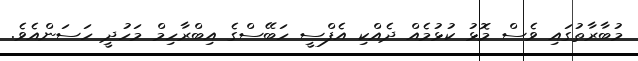
މުބާރާތުގައި ވެސް މޮޅު ކުޅުމެއް ދެއްކި އެފްސީ ހަބޭސްގެ އިބްރާހިމް މަހުދީ ހަސަންއެވެ.